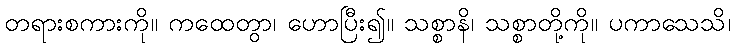
တရားစကားကို။ ကထေတွာ၊ ဟောပြီး၍။ သစ္စာနိ၊ သစ္စာတို့ကို။ ပကာသေသိ၊